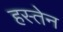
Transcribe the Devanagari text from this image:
हस्तेन